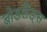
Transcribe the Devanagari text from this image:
ब्रोडलैंड्स